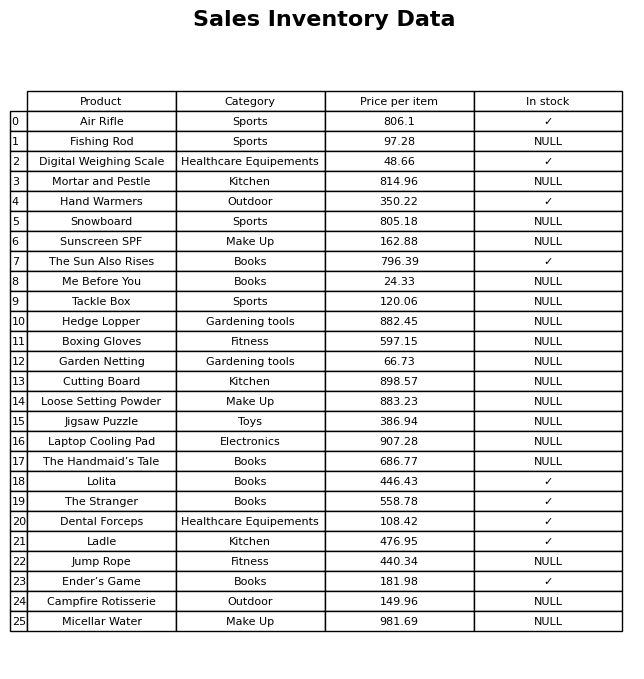
question: What is the price for Loose Setting Powder?
answer: The price of Loose Setting Powder is 883.23.